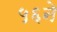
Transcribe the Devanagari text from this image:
५६ने